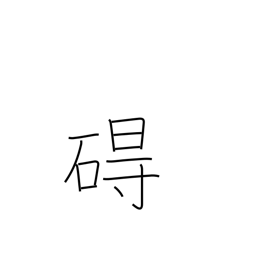
Meaning: obstacle